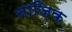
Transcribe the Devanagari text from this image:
नाजिक